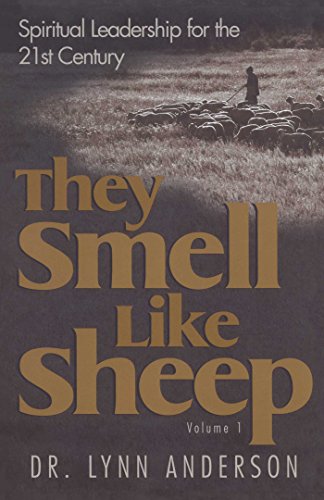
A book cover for They Smell Like Sheep: Spiritual Leadership for the 21st Century; Dr. Lynn Anderson Dr.; Christian Books & Bibles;